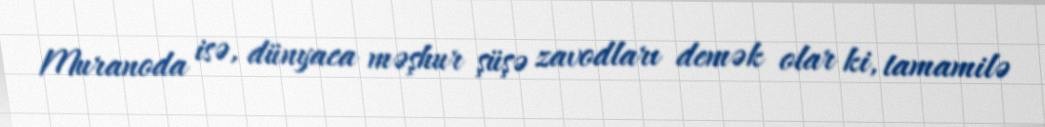
Muranoda isə, dünyaca məşhur şüşə zavodları demək olar ki, tamamilə